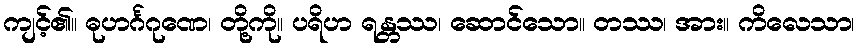
ကျင့်၏။ ဓုဟင်္ဂဂုဏေ၊ တို့ကို။ ပရိဟ ရန္တဿ၊ ဆောင်သော။ တဿ၊ အား။ ကိလေသာ၊